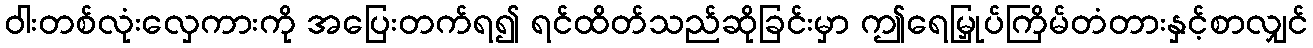
ဝါးတစ်လုံးလှေကားကို အပြေးတက်ရ၍ ရင်ထိတ်သည်ဆိုခြင်းမှာ ဤရေမြှုပ်ကြိမ်တံတားနှင့်စာလျှင်